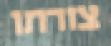
צורתו